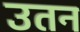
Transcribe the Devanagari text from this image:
उतन